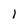
Character: 1